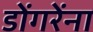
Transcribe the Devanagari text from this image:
डोंगरेंना